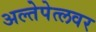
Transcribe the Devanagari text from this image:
अल्तेपेत्लवर